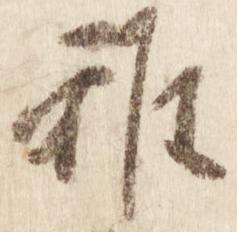
雅